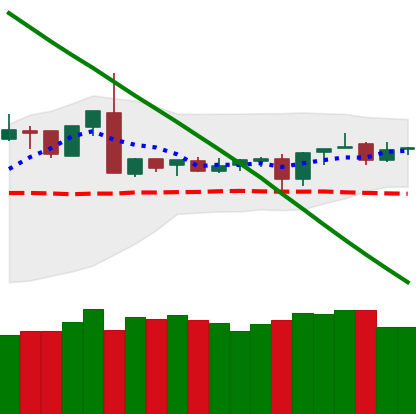
Ticker: XMR-USD
Chart end date: 2019-03-10
Forward return: 5.219%
Label: up_5_7